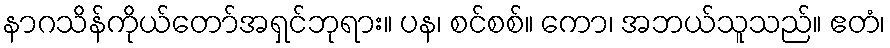
နာဂသိန်ကိုယ်တော်အရှင်ဘုရား။ ပန၊ စင်စစ်။ ကော၊ အဘယ်သူသည်။ ဧတံ၊